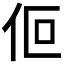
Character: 𬽯